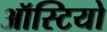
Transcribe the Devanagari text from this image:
ऑस्टियो